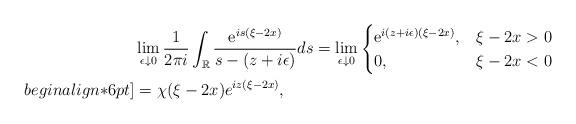
LaTeX: \begin{align*}&\lim _{\epsilon \downarrow 0} \frac{1}{2 \pi i} \int_{\mathbb{R}} \frac{\mathrm{e}^{i s(\xi-2x)}}{s- (z+i \epsilon)} d s=\lim _{\epsilon \downarrow0}\begin{cases}\mathrm{e}^{ i(z+i \epsilon)(\xi-2x)}, & \xi-2x>0 \\0, & \xi-2x<0\end{cases}\\begin{align*}6pt]&=\chi(\xi-2x)e^{iz(\xi-2x) },\end{align*}